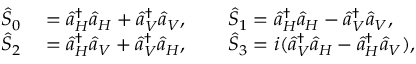
\begin{array} { r l } { \hat { S } _ { 0 } } & { { } = \hat { a } _ { H } ^ { \dagger } \hat { a } _ { H } + \hat { a } _ { V } ^ { \dagger } \hat { a } _ { V } , \qquad \hat { S } _ { 1 } = \hat { a } _ { H } ^ { \dagger } \hat { a } _ { H } - \hat { a } _ { V } ^ { \dagger } \hat { a } _ { V } , } \\ { \hat { S } _ { 2 } } & { { } = \hat { a } _ { H } ^ { \dagger } \hat { a } _ { V } + \hat { a } _ { V } ^ { \dagger } \hat { a } _ { H } , \qquad \hat { S } _ { 3 } = i ( \hat { a } _ { V } ^ { \dagger } \hat { a } _ { H } - \hat { a } _ { H } ^ { \dagger } \hat { a } _ { V } ) , } \end{array}